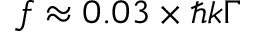
f \approx 0 . 0 3 \times \hbar k \Gamma